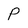
Character: P